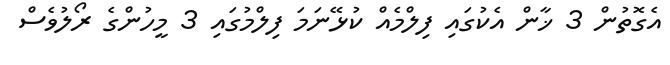
އެގޮތުން 3 ޚާން އެކުގައި ފިލްމެއް ކުޅޭނަމަ ފިލްމުގައި 3 މީހުންގެ ރޯލުވެސް